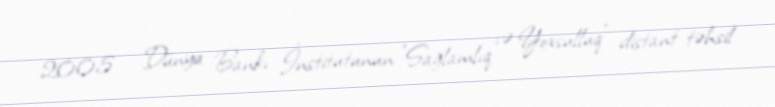
2005 - Dünya Bankı İnstitutunun "Sağlamlıq və Yoxsulluq" distant təhsil